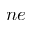
n e